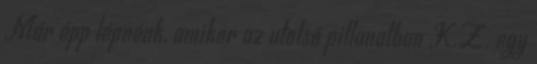
Már épp lépnénk, amikor az utolsó pillanatban K.Z. egy